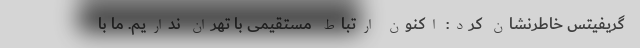
گریفیتس خاطرنشان کرد: اکنون ارتباط مستقیمی با تهران نداریم. ما با